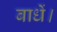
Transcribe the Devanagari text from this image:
बाधें।